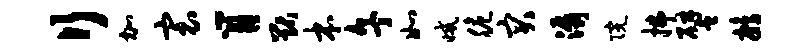
行加寰肖猷本午如减脆突潺院拂譬鹧